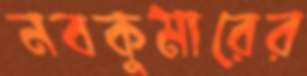
নবকুমারের